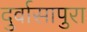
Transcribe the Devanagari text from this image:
दुर्वासापुरा